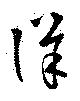
詳